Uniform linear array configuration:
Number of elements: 8
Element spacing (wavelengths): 0.75
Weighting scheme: hamming
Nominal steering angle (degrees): -15
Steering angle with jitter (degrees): -16.046
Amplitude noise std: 0.05
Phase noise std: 0.05

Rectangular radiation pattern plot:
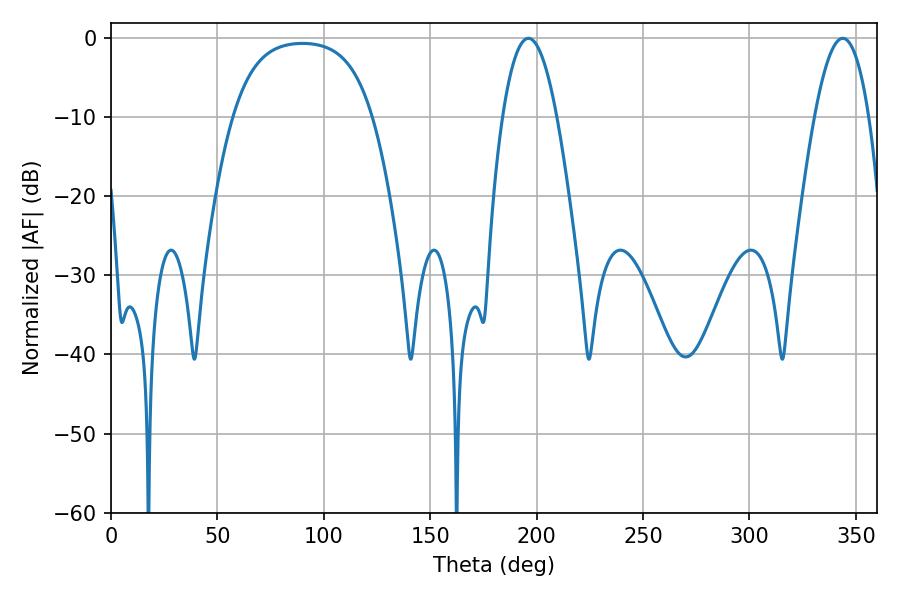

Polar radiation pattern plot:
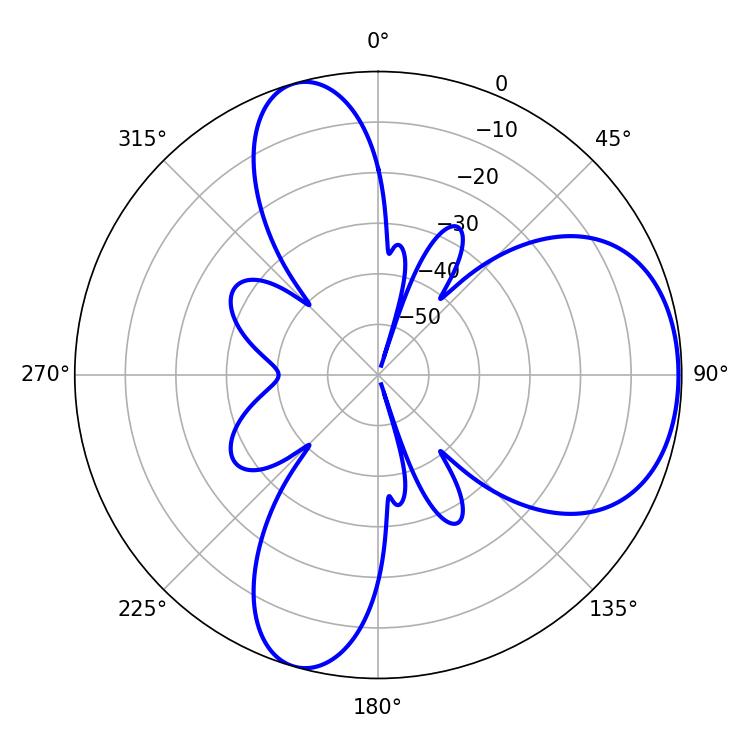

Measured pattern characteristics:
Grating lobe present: TRUE
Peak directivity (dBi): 6.043
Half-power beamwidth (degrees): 14.04
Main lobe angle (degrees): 196.2